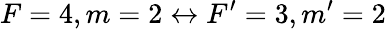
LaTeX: F=4,m=2\leftrightarrow F^{\prime}=3,m^{\prime}=2